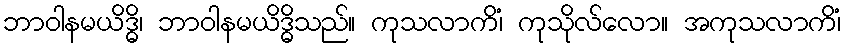
ဘာဝါနမယိဒ္ဓိ၊ ဘာဝါနမယိဒ္ဓိသည်။ ကုသလာကိံ၊ ကုသိုလ်လော။ အကုသလာကိံ၊